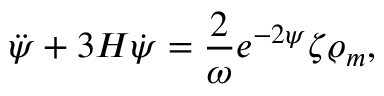
\ddot { \psi } + 3 H \dot { \psi } = { \frac { 2 } { \omega } } e ^ { - 2 \psi } \zeta \varrho _ { m } ,